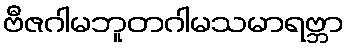
ဗီဇဂါမဘူတဂါမသမာရဗ္ဘာ